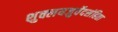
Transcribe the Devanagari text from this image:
शुक्लयजुर्वेदसंहिता